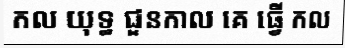
កល យុទ្ធ ជួនកាល គេ ធ្វើ កល